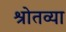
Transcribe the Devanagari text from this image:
श्रोतव्या